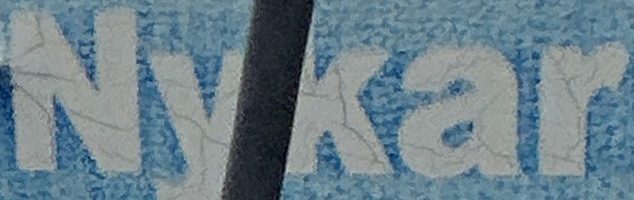
Nykar